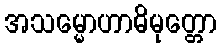
အသမ္မောဟာဓိမုတ္တော